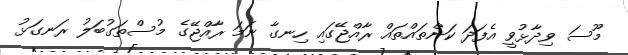
މޫސަ ވިދާޅުވީ އެފަދަ ކަންތައްތައް ރާއްޖޭގައި ހިނގާ ނަމަ ރާއްޖޭގެ މުސްތަގުބަލު ރަނގަޅު